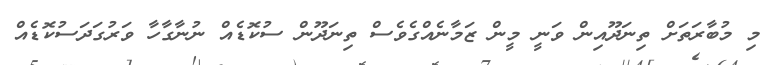
މި މުބާރަތަށް ތިނަދޫއިން ވަނީ މީން ޒަމާނެއްގެވެސް ތިނަދޫން ސުކޮޑެއް ނުނާގާހާ ވަރުގަދަސުކޮޑެއް